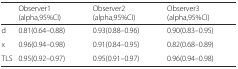
|  | Observer1 (alpha,95%CI) | Observer2 (alpha,95%CI) | Observer3 (alpha,95%CI) |
 | --- | --- | --- | --- |
 | d | 0.81(0.64–0.88) | 0.93(0.88–0.96) | 0.90(0.83–0.95) |
 | x | 0.96(0.94–0.98) | 0.91(0.84–0.95) | 0.82(0.68–0.89) |
 | TLS | 0.95(0.92–0.97) | 0.95(0.91–0.97) | 0.96(0.94–0.98) |